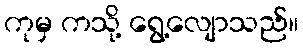
ကုမှ ကသို့ ရွေ့လျောသည်။